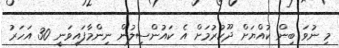
މި ނުވަ ބިން ކުއްޔަށް ދޫކުރުމަށް އެ ކައުންސިލުން ނިންމާފައިވަނީ 30 އަހަރު